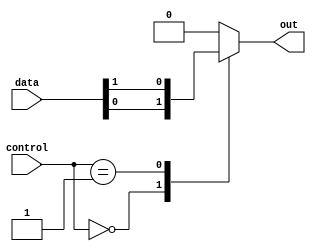
module mux256to1 (
    input [255:0] data,
    input [7:0] control,
    output reg out
);

always @(*) begin
    case (control)
        8'b00000000: out = data[0];
        8'b00000001: out = data[1];
        // Add more cases for all 256 input signals
        // Remember to optimize for speed and area efficiency
        default: out = 0; // Default output when control doesn't match any case
    endcase
end

endmodule